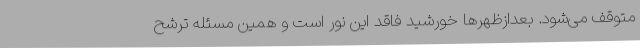
متوقف می‌شود. بعدازظهرها خورشید فاقد این نور است و همین مسئله ترشح